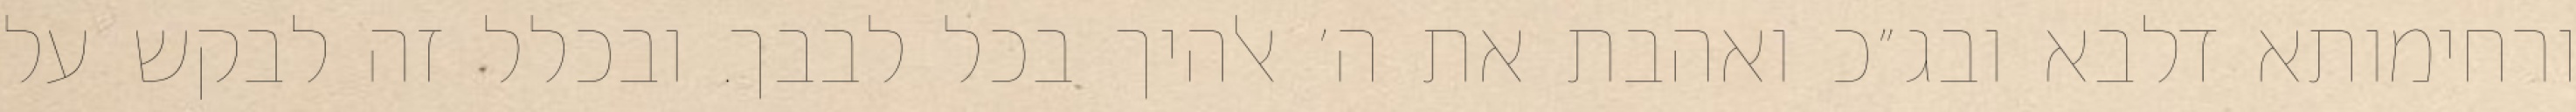
ורחימותא דלבא ובג״כ ואהבת את ה׳ אלהיך בכל לבבך. ובכלל זה לבקש על